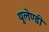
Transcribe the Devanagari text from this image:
थुलेण्डी